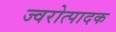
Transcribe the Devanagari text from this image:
ज्वरोत्पादक